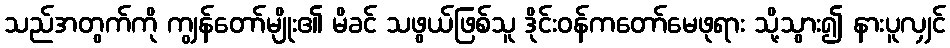
သည်အတွက်ကို ကျွန်တော်မျိုး၏ မိခင် သဖွယ်ဖြစ်သူ ဒိုင်းဝန်ကတော်မေဖုရား သို့သွား၍ နားပူလျှင်